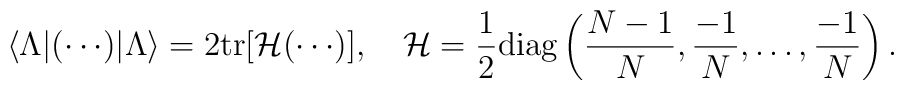
\langle \Lambda | (\cdots) |\Lambda \rangle = 2 {\rm tr}[{\cal H}(\cdots)] ,\quad {\cal H}={1 \over 2}{\rm diag}\left({N-1 \over N},{-1 \over N}, \ldots, {-1 \over N} \right) .